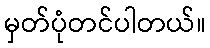
မှတ်ပုံတင်ပါတယ်။